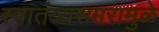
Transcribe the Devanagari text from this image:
स्वातंत्र्यसमरामुळे